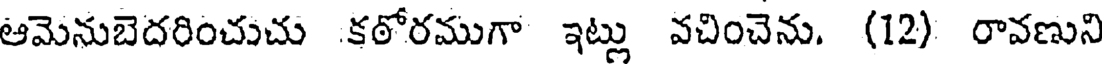
ఆమెనుబెదరించుచు కఠోరముగా ఇట్లు వచించెను. (12) రావణుని